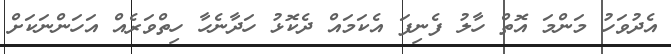
އެދުވަހު މަންމަ އޮތް ހާލު ފެނިފަ އެކަމައް ދެކޮޅު ހަދާނެހާ ހިތްވަރެއް އަހަންނަކަށް